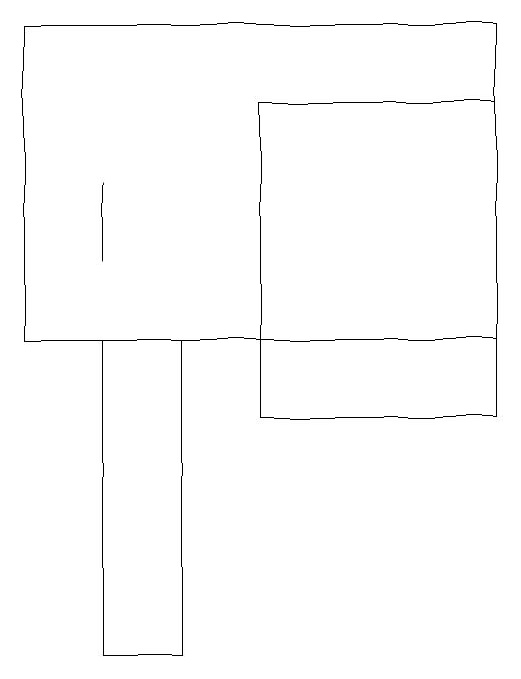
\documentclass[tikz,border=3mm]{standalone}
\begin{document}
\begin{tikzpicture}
\draw (4,11) rectangle (3,15);
\draw (8,19) rectangle (2,15);
\draw (5,18) rectangle (8,14);
\draw (3,17) rectangle (3,16);
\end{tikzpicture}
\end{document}